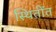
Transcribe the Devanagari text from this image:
स्थितींत